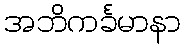
အဘိကင်္ခမာနာ